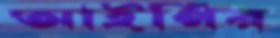
আইপির